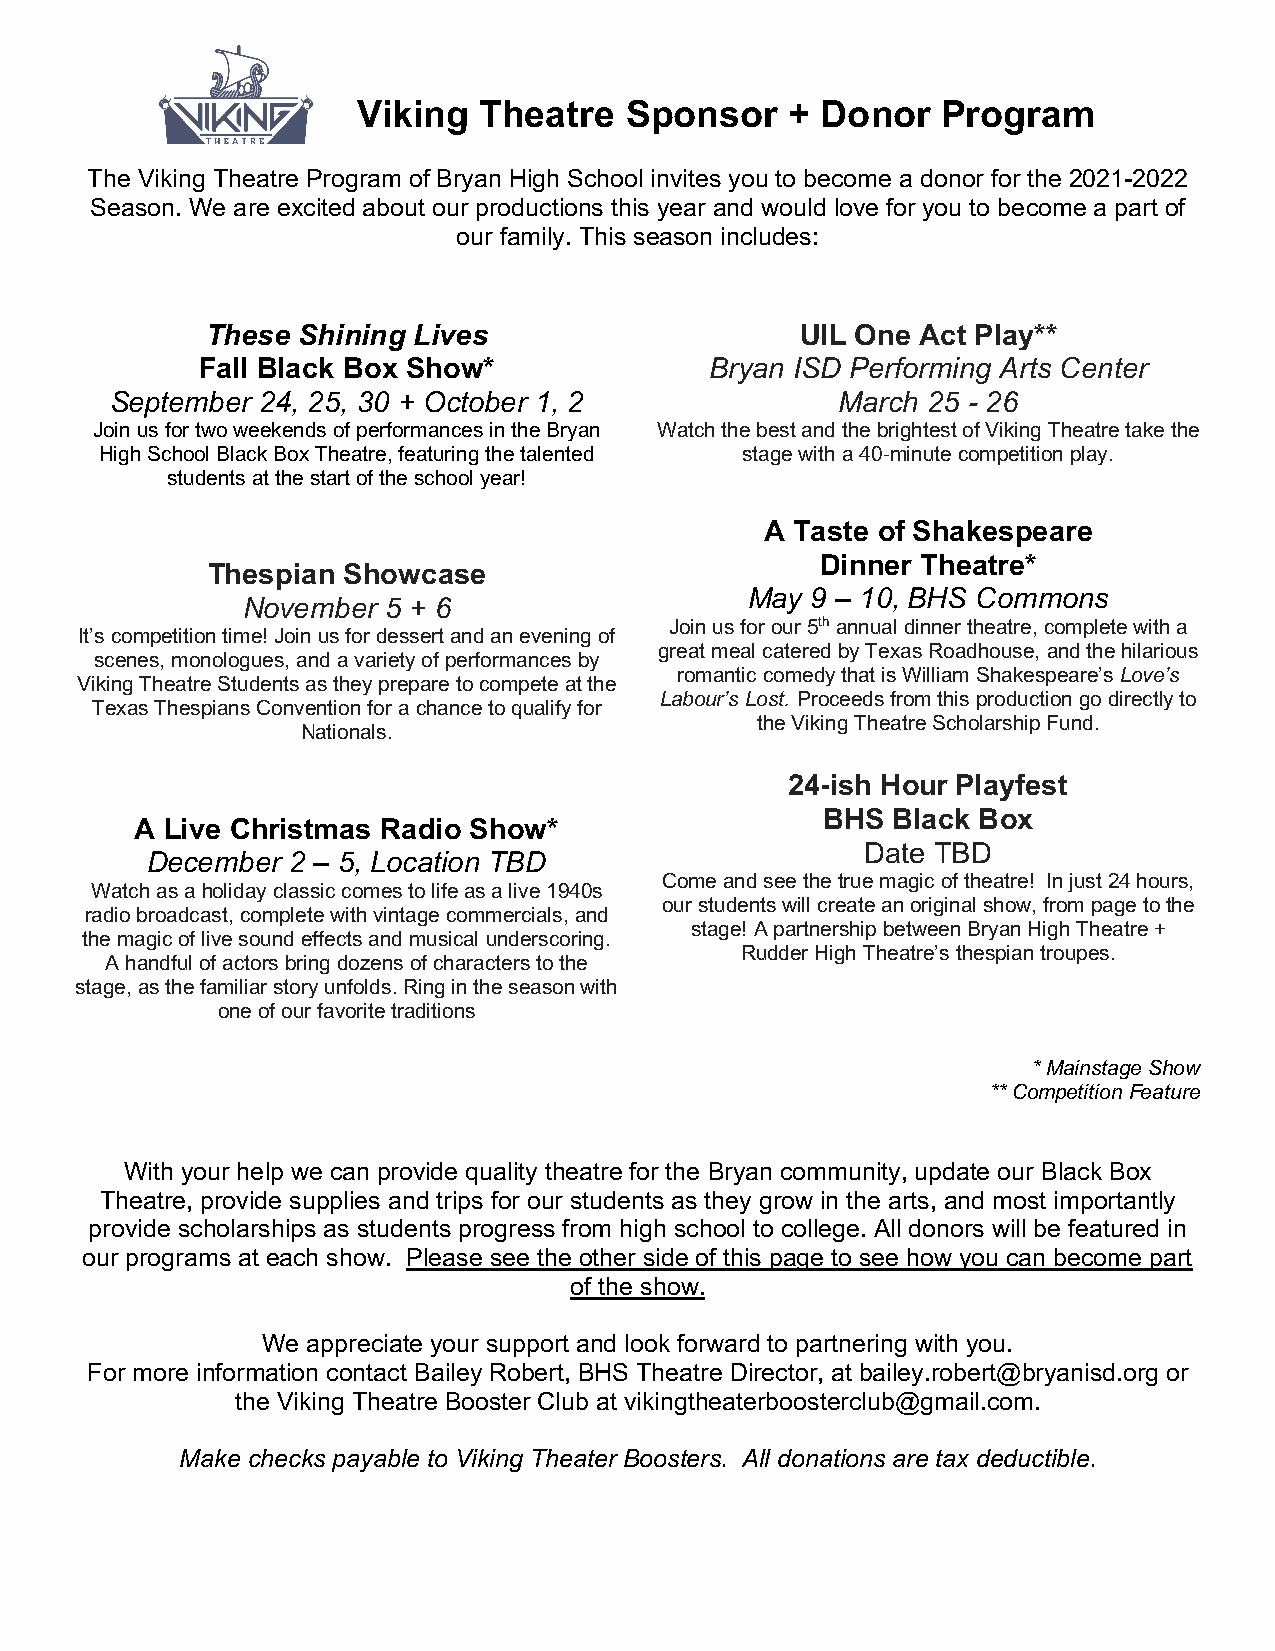
Viking  Theatre  Sponsor    + Donor   Program
 The Viking Theatre Program of Bryan High School invites you to become a donor for the 2021-2022
 Season. We are excited about our productions this year and would love for you to become a part of
 our family. This season includes:
 These Shining Lives                    UIL One Act Play**
 Fall Black Box Show*              Bryan ISD Performing Arts Center
 September 24, 25, 30 + October 1, 2             March 25 - 26
 Join us for two weekends of performances in the Bryan Watch the best and the brightest of Viking Theatre take the
 High School Black Box Theatre, featuring the talented stage with a 40-minute competition play.
 students at the start of the school year!
 A Taste of Shakespeare
 Dinner Theatre*
 Thespian Showcase
 May  9 – 10, BHS Commons
 November 5 + 6
 Join us for our 5th annual dinner theatre, complete with a
 It’s competition time! Join us for dessert and an evening of
 great meal catered by Texas Roadhouse, and the hilarious
 scenes, monologues, and a variety of performances by
 romantic comedy that is William Shakespeare’s Love’s
 Viking Theatre Students as they prepare to compete at the
 Labour’s Lost. Proceeds from this production go directly to
 Texas Thespians Convention for a chance to qualify for
 the Viking Theatre Scholarship Fund.
 Nationals.
 24-ish Hour Playfest
 BHS  Black Box
 A Live Christmas Radio Show*
 Date TBD
 December 2 – 5, Location TBD
 Come and see the true magic of theatre! In just 24 hours,
 Watch as a holiday classic comes to life as a live 1940s
 our students will create an original show, from page to the
 radio broadcast, complete with vintage commercials, and
 stage! A partnership between Bryan High Theatre +
 the magic of live sound effects and musical underscoring.
 Rudder High Theatre’s thespian troupes.
 A handful of actors bring dozens of characters to the
 stage, as the familiar story unfolds. Ring in the season with
 one of our favorite traditions
 * Mainstage Show
 ** Competition Feature
 With your help we can provide quality theatre for the Bryan community, update our Black Box
 Theatre, provide supplies and trips for our students as they grow in the arts, and most importantly
 provide scholarships as students progress from high school to college. All donors will be featured in
 our programs at each show. Please see the other side of this page to see how you can become part
 of the show.
 We appreciate your support and look forward to partnering with you.
 For more information contact Bailey Robert, BHS Theatre Director, at bailey.robert@bryanisd.org or
 the Viking Theatre Booster Club at vikingtheaterboosterclub@gmail.com.
 Make checks payable to Viking Theater Boosters. All donations are tax deductible.